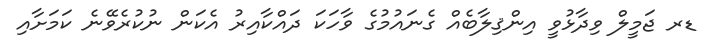
ޑރ ޖަމީލް ވިދާޅުވީ އިންޤިލާބެއް ގެނައުމުގެ ވާހަކަ ދައްކާއިރު އެކަން ނުކުރެވޭނެ ކަމަށާއި